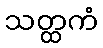
သတ္ထကံ